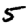
Digit: 5